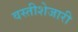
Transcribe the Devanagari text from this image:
वस्तीशेजारी